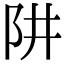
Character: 阱